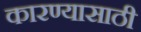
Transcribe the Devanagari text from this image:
कारण्यासाठी